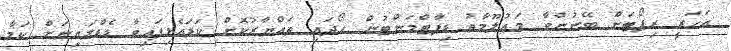
އަހަރީ ރިޕޯޓަށް ބޭނުންވާ މަޢުލޫމާތު ޑިޕާޓްމަންޓުން ހޯދައި ތައްޔާރުކޮށް ކަޑައެޅިފައިވާ ޑެޑްލައިނަށް ކަމާ